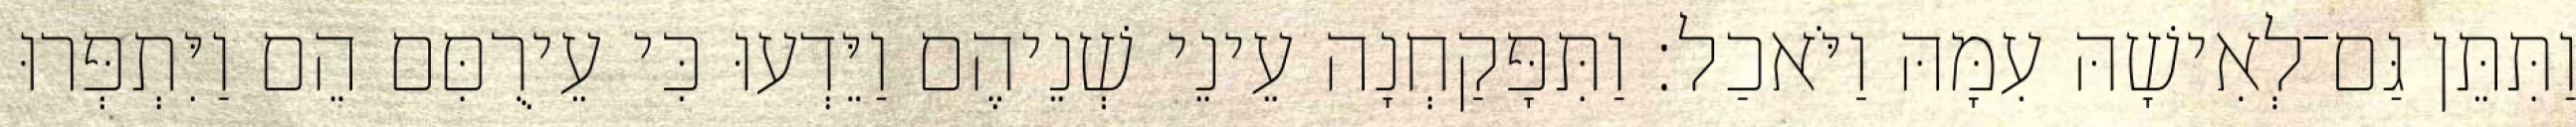
וַתִּתֵּן גַּם־לְאִישָׁהּ עִמָּהּ וַיֹּאכַל׃ וַתִּפָּקַחְנָה עֵינֵי שְׁנֵיהֶם וַיֵּדְעוּ כִּי עֵירֻםִּם הֵם וַיִּתְפְּרוּ